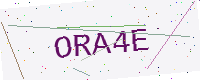
Text: ORA4E